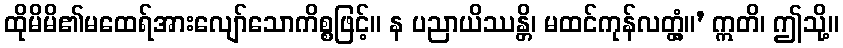
ထိုမိမိ၏မထေရ်အားလျော်သောကိစ္စဖြင့်။ န ပညာယိဿန္တိ၊ မထင်ကုန်လတ္တံ့။’ ဣတိ၊ ဤသို့။